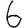
Digit: 6